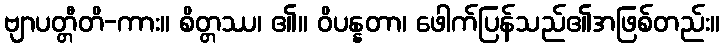
ဗျာပတ္တီတိ-ကား။ စိတ္တဿ၊ ၏။ ဝိပန္နတာ၊ ဖေါက်ပြန်သည်၏အဖြစ်တည်း။